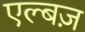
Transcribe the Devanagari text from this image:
एल्बज़